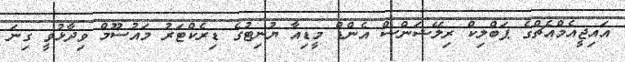
އައިޖީއެމްއެޗްގެ ޕަބްލިކް ރިލޭޝަންސް އެންޑް މީޑިއާ ޔުނިޓުގެ ޑިރެކްޓަރު މައުސޫމް ވިދާޅުވީ ގިނަ